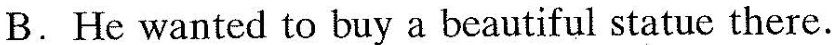
B. He wanted to buy a beautiful statue there.